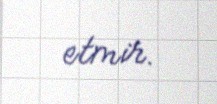
etmir.